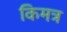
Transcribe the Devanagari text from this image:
किमत्र